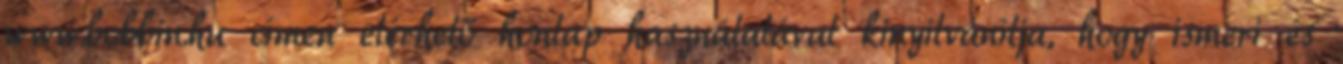
www.bobbin.hu címen elérhető honlap használatával kinyilvánítja, hogy ismeri és